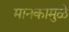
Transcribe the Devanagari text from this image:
मानकामुळे